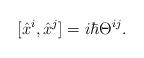
LaTeX: \begin{align*}[\hat x^{i},\hat x^{j}]=i\hbar \Theta^{ij}.\end{align*}